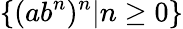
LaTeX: \{ (ab^{n})^{n}|n\geq 0\}